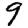
Digit: 9